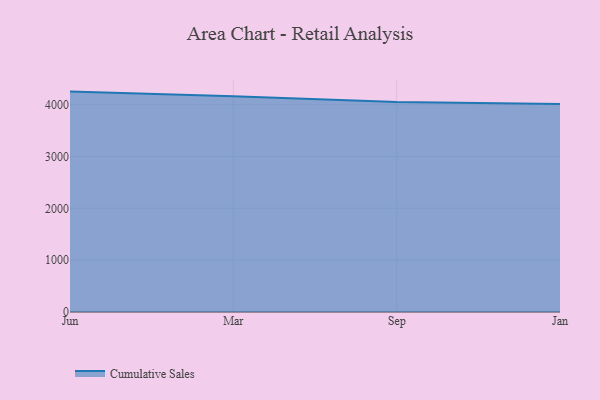
{"axis": {"x": "Month", "y": "Revenue (USD Million)"}, "legend": ["Cumulative Sales"], "data": [{"x": "Jun", "y": 4252.0, "type": "Cumulative Sales"}, {"x": "Mar", "y": 4161.6, "type": "Cumulative Sales"}, {"x": "Sep", "y": 4051.7, "type": "Cumulative Sales"}, {"x": "Jan", "y": 4012.2, "type": "Cumulative Sales"}]}